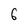
Character: 6